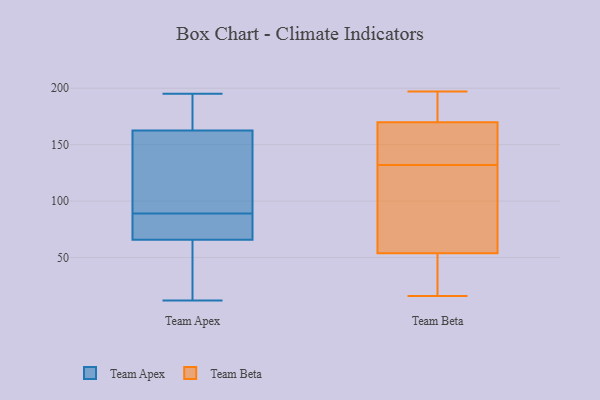
{"axis": {"x": "Page Views", "y": "Value"}, "legend": ["Team Apex", "Team Beta"], "data": [{"x": "", "y": 122, "type": "Team Apex"}, {"x": "", "y": 89, "type": "Team Apex"}, {"x": "", "y": 152, "type": "Team Apex"}, {"x": "", "y": 60, "type": "Team Apex"}, {"x": "", "y": 191, "type": "Team Apex"}, {"x": "", "y": 43, "type": "Team Apex"}, {"x": "", "y": 12, "type": "Team Apex"}, {"x": "", "y": 85, "type": "Team Apex"}, {"x": "", "y": 83, "type": "Team Apex"}, {"x": "", "y": 166, "type": "Team Apex"}, {"x": "", "y": 195, "type": "Team Apex"}, {"x": "", "y": 132, "type": "Team Beta"}, {"x": "", "y": 167, "type": "Team Beta"}, {"x": "", "y": 197, "type": "Team Beta"}, {"x": "", "y": 77, "type": "Team Beta"}, {"x": "", "y": 126, "type": "Team Beta"}, {"x": "", "y": 100, "type": "Team Beta"}, {"x": "", "y": 178, "type": "Team Beta"}, {"x": "", "y": 146, "type": "Team Beta"}, {"x": "", "y": 18, "type": "Team Beta"}, {"x": "", "y": 184, "type": "Team Beta"}, {"x": "", "y": 60, "type": "Team Beta"}, {"x": "", "y": 137, "type": "Team Beta"}, {"x": "", "y": 35, "type": "Team Beta"}, {"x": "", "y": 16, "type": "Team Beta"}, {"x": "", "y": 159, "type": "Team Beta"}, {"x": "", "y": 16, "type": "Team Beta"}, {"x": "", "y": 183, "type": "Team Beta"}]}